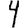
Digit: 4